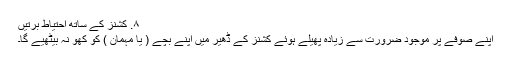
۸. کشنز کے ساتھ احتیاط برتیں
اپنے صوفے پر موجود ضرورت سے زیادہ پھیلے ہوئے کشنز کے ڈھیر میں اپنے بچے ( یا مہمان ) کو کھو نہ بیٹھیے گا۔